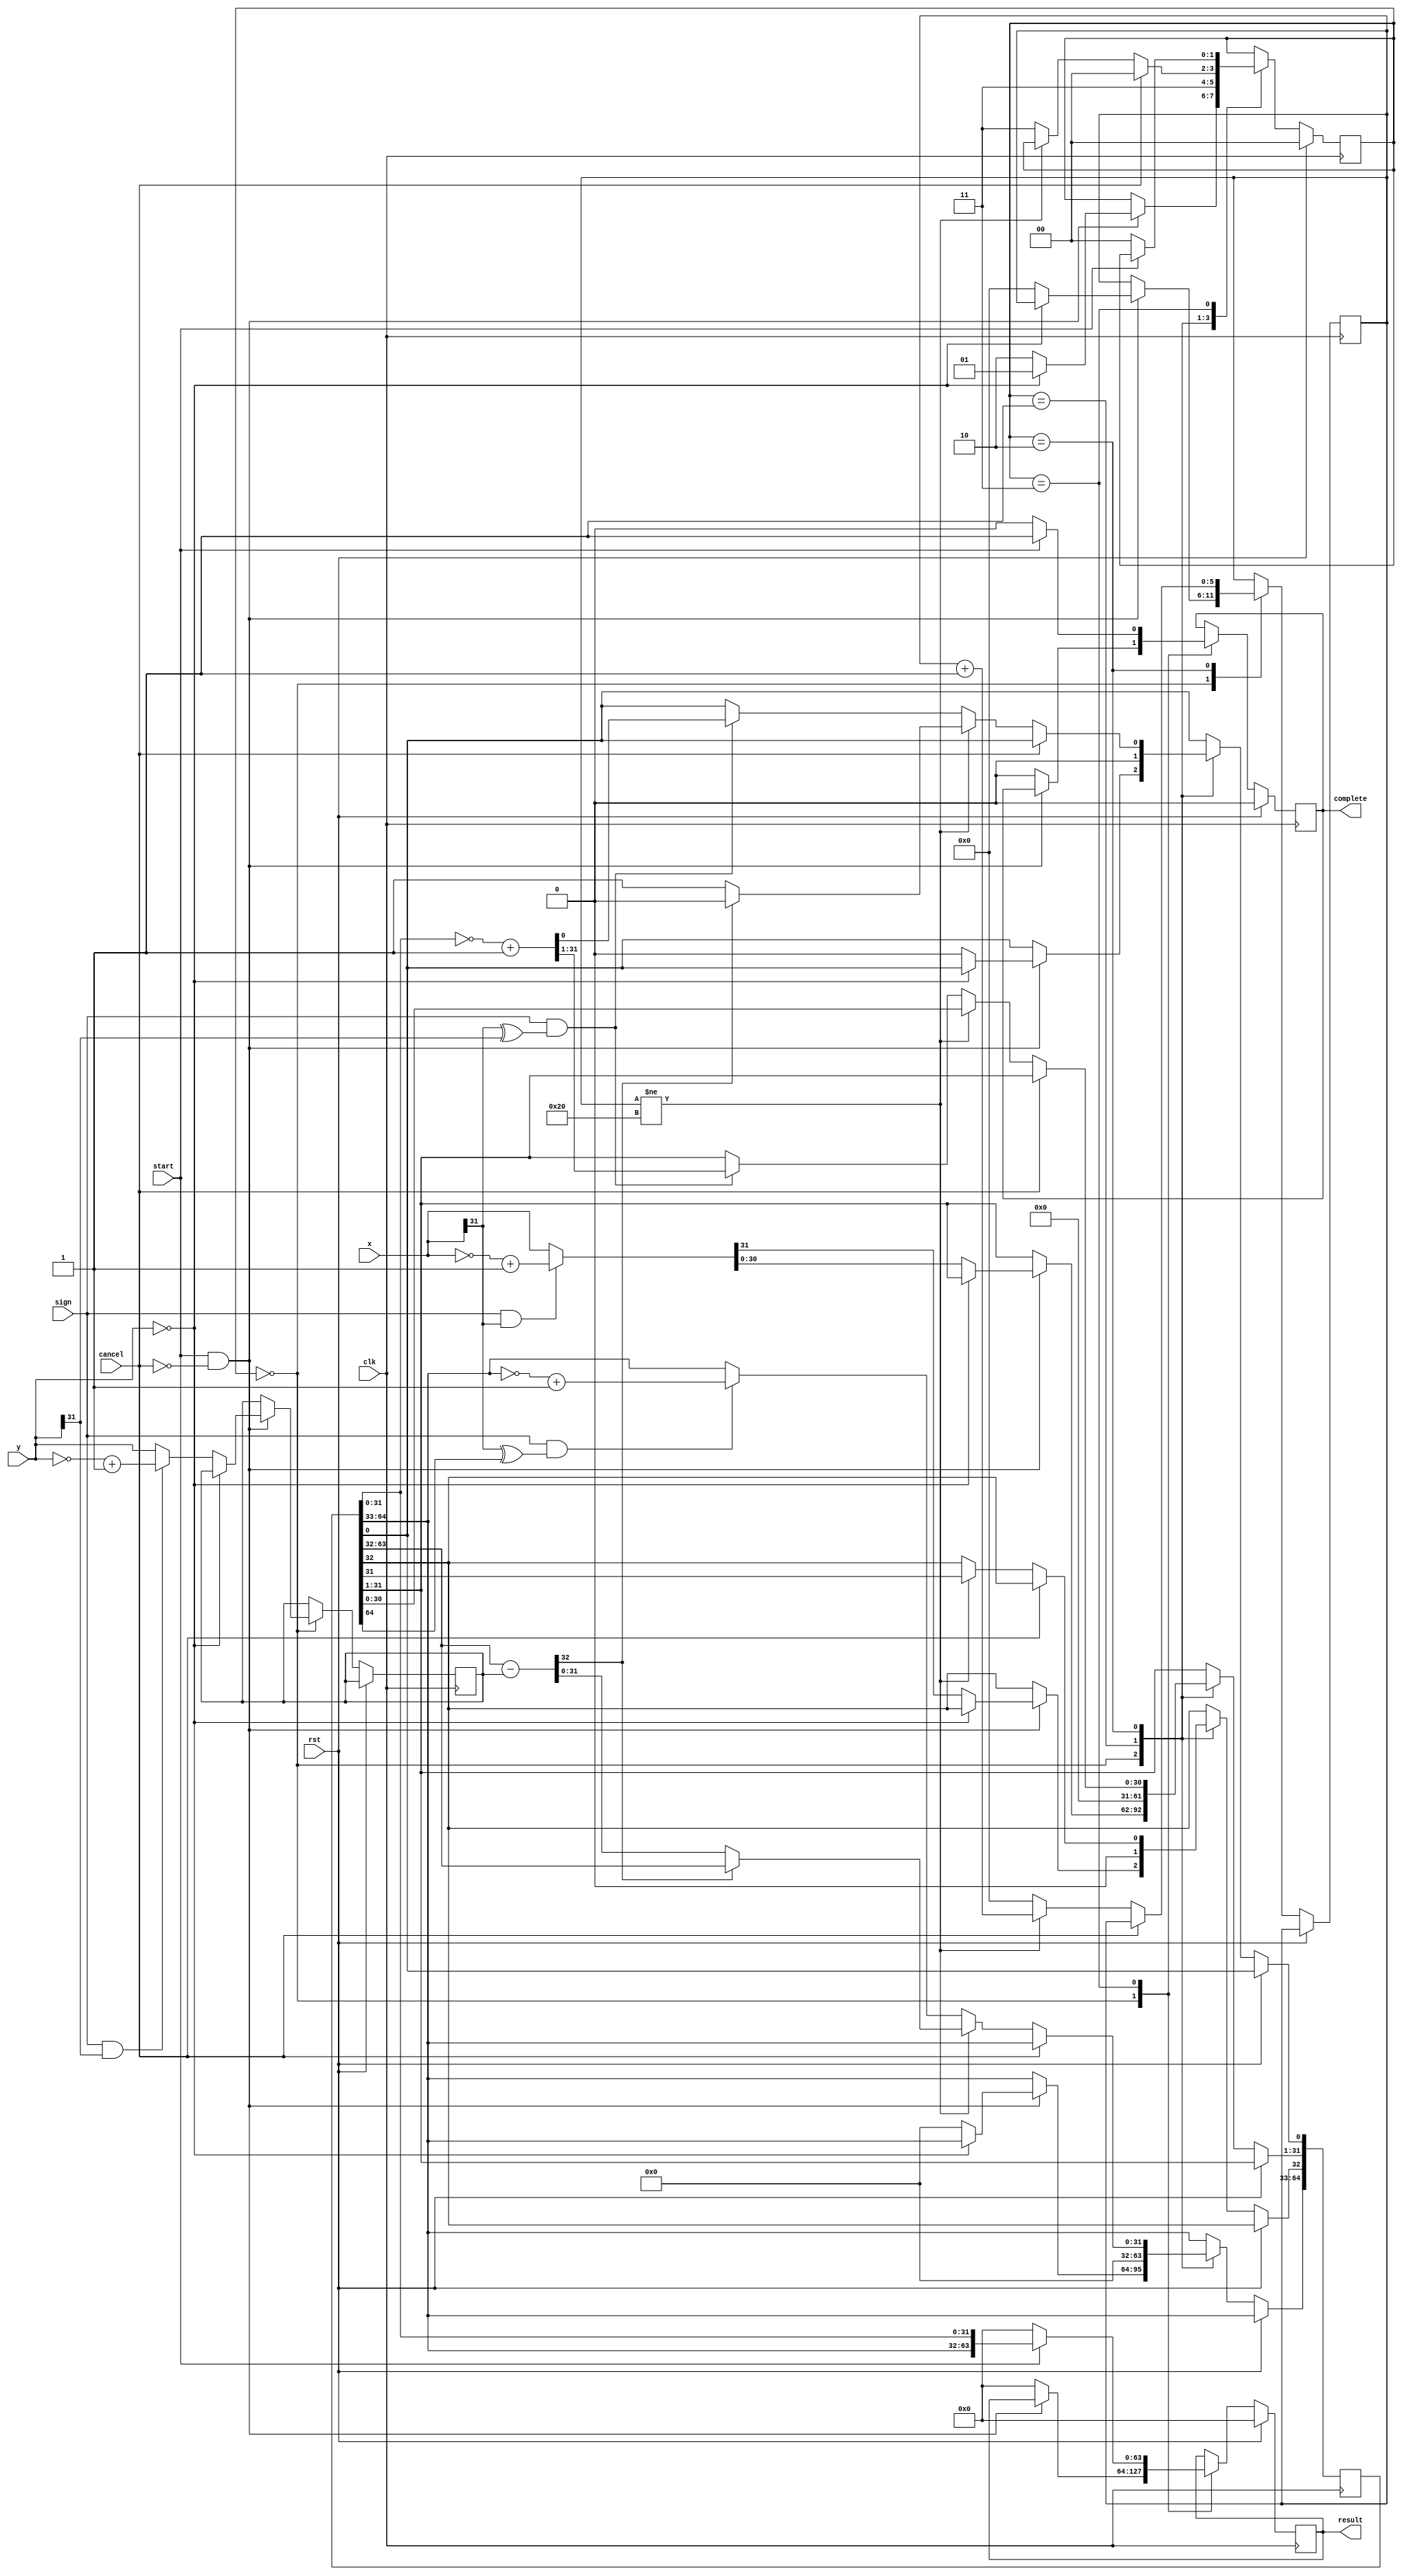
`define DivFree            2'b00
`define DivByZero          2'b01
`define DivOn              2'b10
`define DivEnd             2'b11

module my_div(
	input  	          clk,
	input  	          rst,

	input             sign,
	input      [31:0] x,
	input      [31:0] y,
	input             start,
	input             cancel,

	output reg [63:0] result,
	output reg        complete
);

	wire [32:0] div_temp;

	reg [5 :0] cnt;
	reg [64:0] dividend;
	reg [1 :0] state;
	reg [31:0] divisor; 
	reg [31:0] temp_x;
	reg [31:0] temp_y;

	assign div_temp = {1'b0, dividend[63:32]} - {1'b0, divisor};

	always @ (posedge clk) begin
		if (rst == 1'b1) begin
			state    <= `DivFree;
			complete  <= 1'b0;
			result <= {32'd0,32'd0};
		end else begin
			case (state)
				`DivFree: begin 
					if(start == 1'b1 && cancel == 1'b0) begin
			  			if(y == 32'd0) begin
			    			state <= `DivByZero; 
			  			end else begin
			    			state <= `DivOn; 
			    			cnt <= 6'b000000;
			    			if(sign == 1'b1 && x[31] == 1'b1 ) begin
			      				temp_x = ~x + 1; 
			    			end else begin
			      				temp_x = x;
			    			end
			    			if(sign == 1'b1 && y[31] == 1'b1 ) begin
			      				temp_y = ~y + 1; 
			    			end else begin
			      				temp_y = y;
			    			end
				    		dividend <= {32'd0,32'd0};
				    		dividend[32:1] <= temp_x;
				    		divisor <= temp_y;
			  			end
					end else begin 
			  			complete <= 1'b0;
			  			result <= {32'd0,32'd0};
					end
				end
				`DivByZero: begin 
					dividend <= {32'd0,32'd0};
					state <= `DivEnd;		 		
				end
				`DivOn: begin 
					if(cancel == 1'b0) begin
			  			if(cnt != 6'b100000) begin 
			    			if(div_temp[32] == 1'b1) begin 
			          			dividend <= {dividend[63:0] , 1'b0};
			    			end else begin
			          			dividend <= {div_temp[31:0] , dividend[31:0] , 1'b1};
			    			end
			    			cnt <= cnt + 1;
			  			end else begin 
			    			if((sign == 1'b1) && ((x[31] ^ y[31]) == 1'b1)) begin
			        			dividend[31:0] <= (~dividend[31:0] + 1);
			    			end
			    			if((sign == 1'b1) && ((x[31] ^ dividend[64]) == 1'b1)) begin              
			        			dividend[64:33] <= (~dividend[64:33] + 1);
			    			end
			    			state <= `DivEnd; 
			    			cnt <= 6'd0; 
			  			end
					end else begin
			  			state <= `DivFree; 
					end	
				end
				`DivEnd: begin 
					result <= {dividend[64:33], dividend[31:0]};  
					complete <= 1'b1;
					if(start == 1'b0) begin
			 	 		state <= `DivFree;
			  			complete <= 1'b0;
			  			result <= {32'd0,32'd0}; 
					end		  	
				end
			endcase
	   	end
	end

endmodule